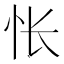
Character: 怅